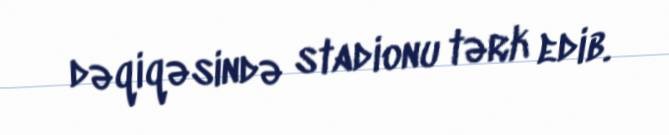
dəqiqəsində stadionu tərk edib.